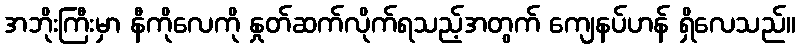
အဘိုးကြီးမှာ နီကိုလေကို နှုတ်ဆက်လိုက်ရသည့်အတွက် ကျေနပ်ဟန် ရှိလေသည်။